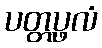
ပတ္တပ္ဖလံ